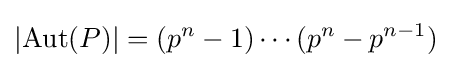
\left|\operatorname {Aut} (P)\right|=(p^{n}-1)\cdots (p^{n}-p^{n-1})